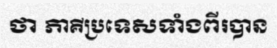
ថា ភាគីប្រទេសទាំងពីរបាន